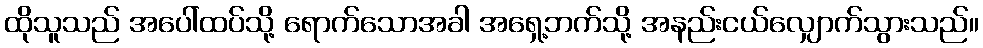
ထိုသူသည် အပေါ်ထပ်သို့ ရောက်သောအခါ အရှေ့ဘက်သို့ အနည်းငယ်လျှောက်သွားသည်။